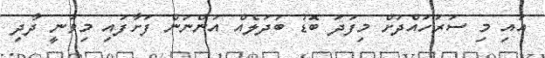
އައި މި ސަރަހައްދަށް މިފަދަ ބޮޑު ބަދަލެއް އަންނަން ފަށާފައި މިވަނީ ދާދި